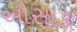
ઓસાકા